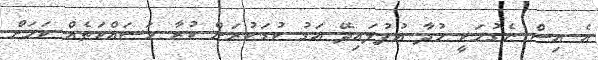
އެ އިސް ނެގުމަކީ މުދާ އުފުލައިދޭ އަގު ކުޑަކުރަން ކުރާ މަސައްކަތެެއް ކަމަށް